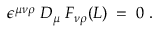
\epsilon ^ { \mu \nu \rho } \; D _ { \mu } \; F _ { \nu \rho } ( L ) \; = \; 0 \; .